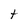
Character: t